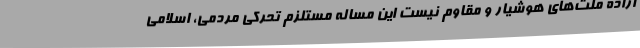
اراده ملت‌های هوشیار و مقاوم نیست این مساله مستلزم تحرکی مردمی، اسلامی